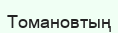
Томановтың